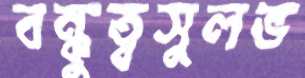
বন্ধুত্বসুলভ